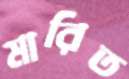
মারিত